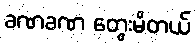
ခဏခဏ တွေးမိတယ်